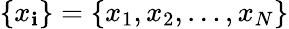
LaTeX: \{ x_{\mathbf{i}}\} =\{ x_{1},x_{2},\ldots,x_{N}\}